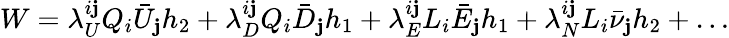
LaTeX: W=\lambda_{U}^{i\mathbf{j}}Q_{i}\bar{{U}}_{\mathbf{j}}h_{2}+\lambda_{D}^{i\mathbf{j}}Q_{i}\bar{{D}}_{\mathbf{j}}h_{1}+\lambda_{E}^{i\mathbf{j}}L_{i}\bar{{E}}_{\mathbf{j}}h_{1}+\lambda_{N}^{i\mathbf{j}}L_{i}\bar{{\nu}}_{\mathbf{j}}h_{2}+\ldots